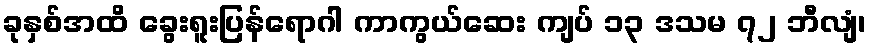
ခုနှစ်အထိ ခွေးရူးပြန်ရောဂါ ကာကွယ်ဆေး ကျပ် ၁၃ ဒသမ ၇၂ ဘီလျံ၊